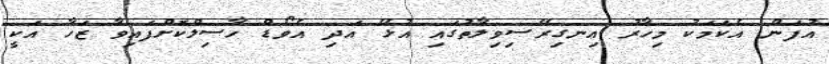
އުފަން އެކަމަކު މިހާރު އިނގިރޭސިވިލާތުގައި އުޅޭ އަދި އެވޯޑް ހާސިލްކޮށްފައިވާ ޒަހާ އަކީ